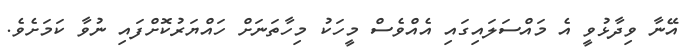
އޭނާ ވިދާޅުވީ އެ މައްސަލައިގައި އެއްވެސް މީހަކު މިހާތަނަށް ހައްޔަރުކޮށްފައި ނުވާ ކަމަށެވެ.